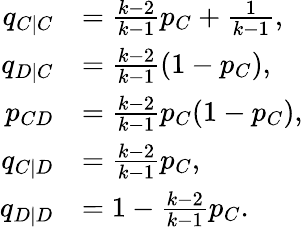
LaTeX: \begin{array}{rl}{q_{C|C}}&{=\frac{k-2}{k-1}p_{C}+\frac{1}{k-1},}\\ {q_{D|C}}&{=\frac{k-2}{k-1}(1-p_{C}),}\\ {p_{CD}}&{=\frac{k-2}{k-1}p_{C}(1-p_{C}),}\\ {q_{C|D}}&{=\frac{k-2}{k-1}p_{C},}\\ {q_{D|D}}&{=1-\frac{k-2}{k-1}p_{C}.}\end{array}